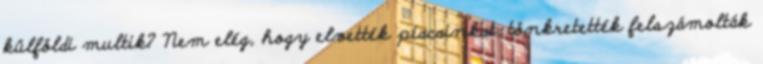
külföldi multik? Nem elég, hogy elvették piacainkat, tönkretették felszámolták